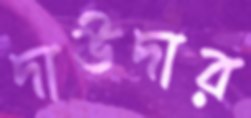
দাউদার